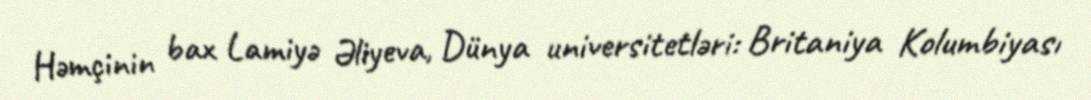
Həmçinin bax Lamiyə Əliyeva, Dünya universitetləri: Britaniya Kolumbiyası